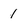
Character: 1